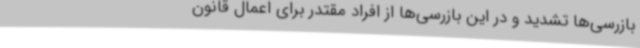
بازرسی‌ها تشدید و در این بازرسی‌ها از افراد مقتدر برای اعمال قانون